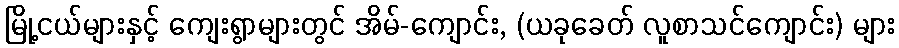
မြို့ငယ်များနှင့် ကျေးရွာများတွင် အိမ်-ကျောင်း, (ယခုခေတ် လူစာသင်ကျောင်း) များ